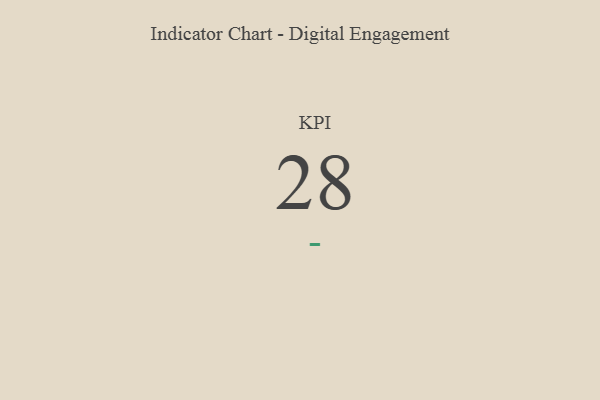
{"axis": {"x": "KPI", "y": "Value"}, "legend": [""], "data": [{"x": "KPI", "y": 28, "type": ""}]}